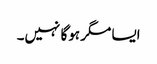
ایسا مگر ہوگا نہیں۔